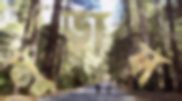
মুড়াস